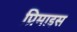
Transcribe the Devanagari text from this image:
प्रिमाइस